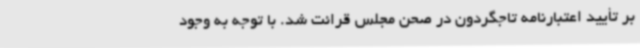
بر تأیید اعتبارنامه تاجگردون در صحن مجلس قرائت شد. با توجه به وجود